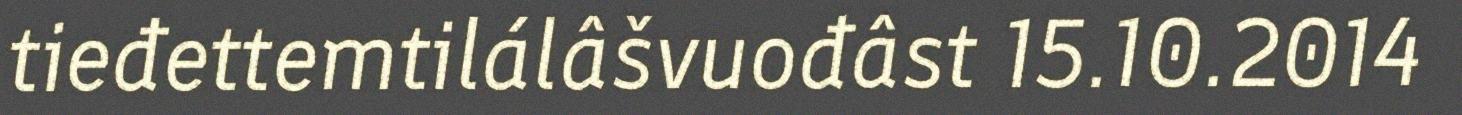
tieđettemtilálâšvuođâst 15.10.2014